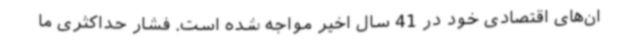
ان‌های اقتصادی خود در 41 سال اخیر مواجه شده است‌. فشار حداکثری ما